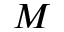
M